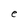
Character: e